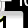
Digit: 1